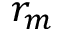
r _ { m }